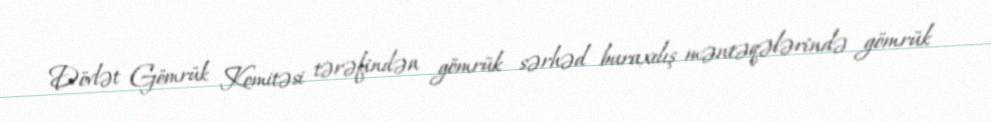
Dövlət Gömrük Komitəsi tərəfindən gömrük sərhəd buraxılış məntəqələrində gömrük